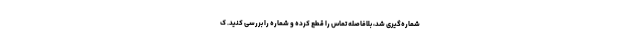
شماره‌گیری شد، بلافاصله تماس را قطع کرده و شماره را بررسی کنید. ک